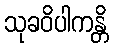
သုခဝိပါကန္တိ